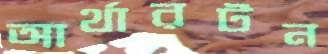
আর্থারটন